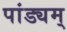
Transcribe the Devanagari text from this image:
पांड्यम्